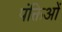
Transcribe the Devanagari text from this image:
पंक्तिओं